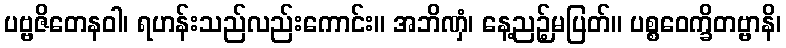
ပဗ္ဗဇိတေနဝါ၊ ရဟန်းသည်လည်းကောင်း။ အဘိဏှံ၊ နေ့ညဉ့်မပြတ်။ ပစ္စဝေက္ခိတဗ္ဗာနိ၊